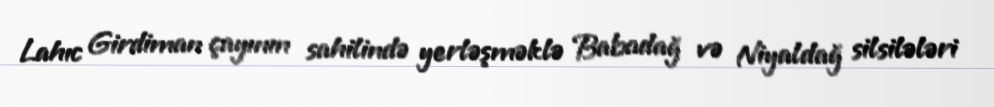
Lahıc Girdiman çayının sahilində yerləşməklə Babadağ və Niyaldağ silsilələri